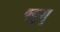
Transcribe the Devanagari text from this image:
फ्युगु